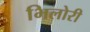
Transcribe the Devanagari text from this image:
भिलोरी